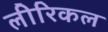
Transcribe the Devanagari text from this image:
लीरिकल